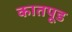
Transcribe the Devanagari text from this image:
कातपूड